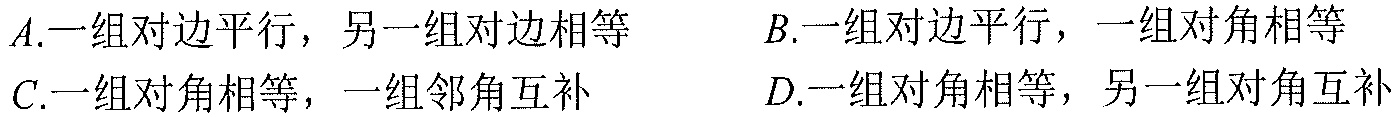
\(A.\)一组对边平行，另一组对边相等\(\qquad B.\)一组对边平行，一组对角相等
\(C.\)一组对角相等，一组邻角互补\(\qquad D.\)一组对角相等，另一组对角互补